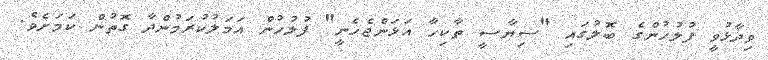
ވިދާޅުވީ ފުލުހުންގެ ބޮލުގައި "ސިޔާސީ ތާކިހާ އަޅަންޖެހެނީ" ފުލުހުން އަމަލުކުރަމުންދާ ގޮތުން ކަމަށެވެ.